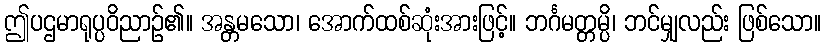
ဤပဌမာရုပ္ပဝိညာဉ်၏။ အန္တမသော၊ အောက်ထစ်ဆုံးအားဖြင့်။ ဘင်္ဂမတ္တမ္ပိ၊ ဘင်မျှလည်း ဖြစ်သော။